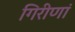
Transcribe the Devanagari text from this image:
गिरीणां